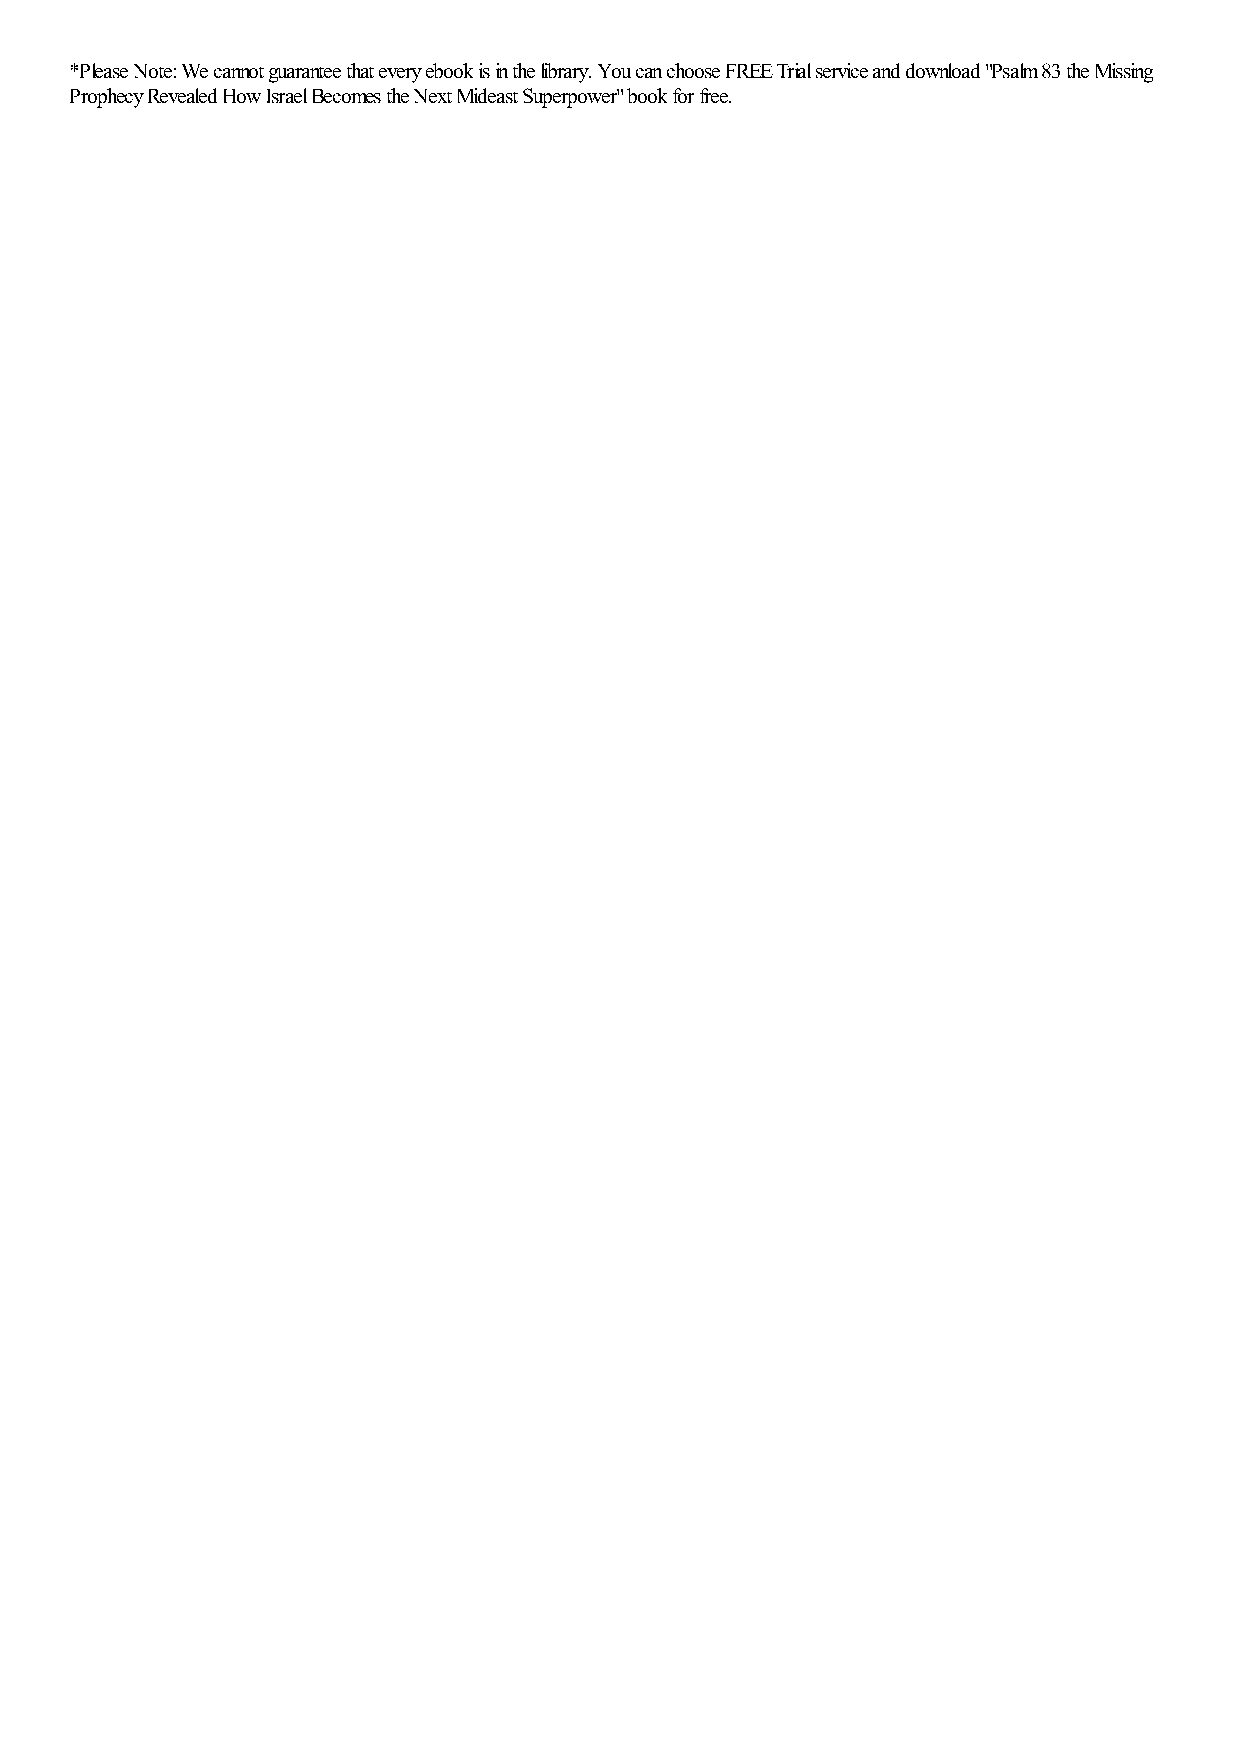
*Please Note: We cannot guarantee that every ebook is in the library. You can choose FREE Trial service and download "Psalm 83 the Missing
 Prophecy Revealed How Israel Becomes the Next Mideast Superpower" book for free.